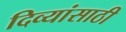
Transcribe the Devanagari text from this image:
दिव्यांसाठी